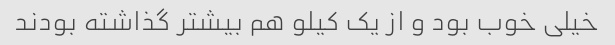
خیلی خوب بود و از یک کیلو هم بیشتر گذاشته بودند